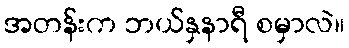
အတန်းက ဘယ်နှနာရီ စမှာလဲ။